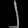
Digit: ၂